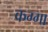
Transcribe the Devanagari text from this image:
कग्गा